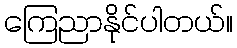
ကြေညာနိုင်ပါတယ်။